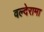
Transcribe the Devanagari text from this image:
वल्देरामा